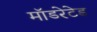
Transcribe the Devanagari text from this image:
मॉडरेटेड